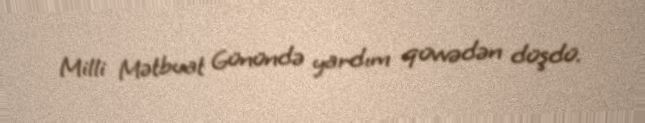
Milli Mətbuat Günündə yardım qüvvədən düşdü.